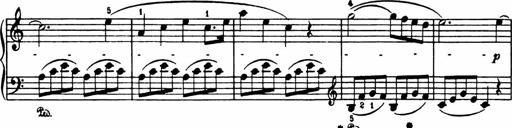
Title: Analytical Sonatinas
Composer: Frank Lynes